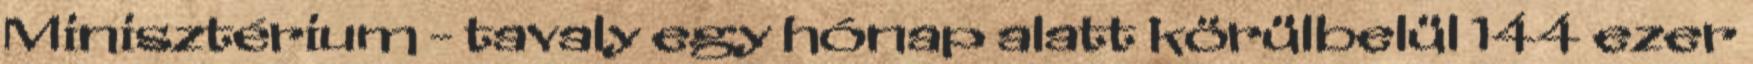
Minisztérium - tavaly egy hónap alatt körülbelül 144 ezer